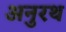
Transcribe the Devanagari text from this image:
अनुरथ